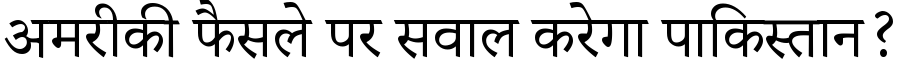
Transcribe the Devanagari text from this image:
अमरीकी फैसले पर सवाल करेगा पाकिस्तान?